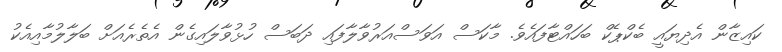
ކައިޒާން އެދިޔައީ ބެކްޕެކް ބަހައްޓާފައެވެ. މާކަސް އަވަސްއަރުވާލާފައި ދަބަސް ހުޅުވާލައިގެން އެތެރެއަށް ބަލާލުމާއިއެކު